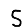
Digit: 5